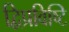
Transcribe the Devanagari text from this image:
द्विप्रविष्टि